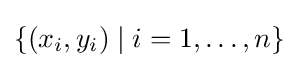
\{(x_{i},y_{i})\mid i=1,\ldots ,n\}